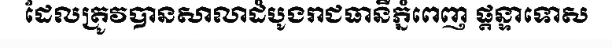
ដែលត្រូវបានសាលាដំបូងរាជធានីភ្នំពេញ ផ្តន្ទាទោស